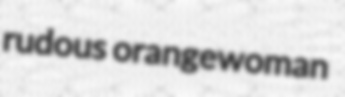
rudous orangewoman